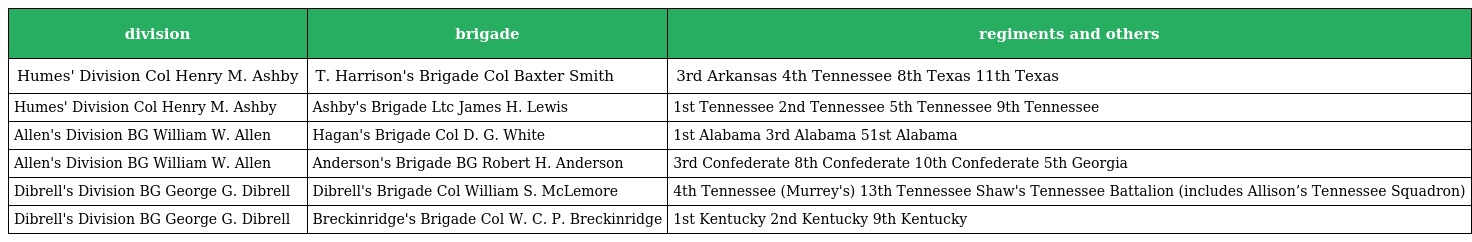
| division | brigade | regiments and others |
 | --- | --- | --- |
 | Humes' Division Col Henry M. Ashby | T. Harrison's Brigade Col Baxter Smith | 3rd Arkansas 4th Tennessee 8th Texas 11th Texas |
 | Humes' Division Col Henry M. Ashby | Ashby's Brigade Ltc James H. Lewis | 1st Tennessee 2nd Tennessee 5th Tennessee 9th Tennessee |
 | Allen's Division BG William W. Allen | Hagan's Brigade Col D. G. White | 1st Alabama 3rd Alabama 51st Alabama |
 | Allen's Division BG William W. Allen | Anderson's Brigade BG Robert H. Anderson | 3rd Confederate 8th Confederate 10th Confederate 5th Georgia |
 | Dibrell's Division BG George G. Dibrell | Dibrell's Brigade Col William S. McLemore | 4th Tennessee (Murrey's) 13th Tennessee Shaw's Tennessee Battalion (includes Allison’s Tennessee Squadron) |
 | Dibrell's Division BG George G. Dibrell | Breckinridge's Brigade Col W. C. P. Breckinridge | 1st Kentucky 2nd Kentucky 9th Kentucky |